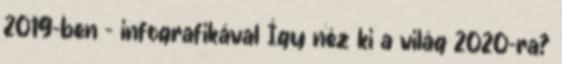
2019-ben - infografikával Így néz ki a világ 2020-ra?